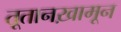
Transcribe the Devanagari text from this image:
तूतानख़ामून